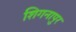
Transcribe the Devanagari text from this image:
शिगनापुर